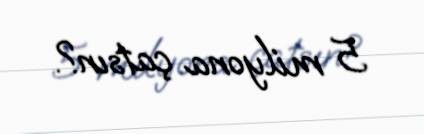
5 milyona çatsın?.